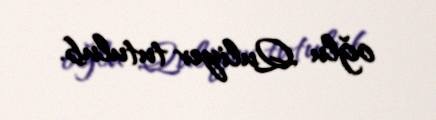
oğlu Quliyev tutulub.